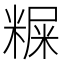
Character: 𥻐